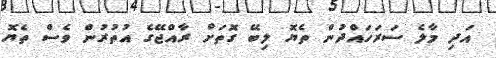
އަދި މާލެ ސަރަހައްދުން ތެޔޮ ލިބޭ ގޮތަށް ރާއްޖޭގެ އުތުރުން ވެސް ތެޔޮ